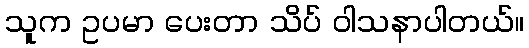
သူက ဥပမာ ပေးတာ သိပ် ဝါသနာပါတယ်။